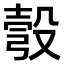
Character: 彀